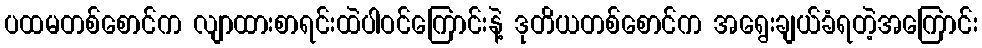
ပထမတစ်စောင်က လျာထားစာရင်းထဲပါဝင်ကြောင်းနဲ့ ဒုတိယတစ်စောင်က အရွေးချယ်ခံရတဲ့အကြောင်း